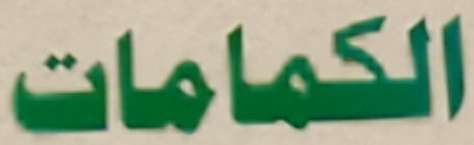
الكمامات